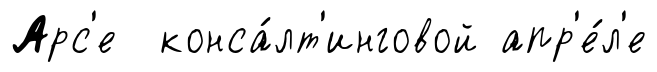
Арс'е конса́лт'инговой апр'е́л'е